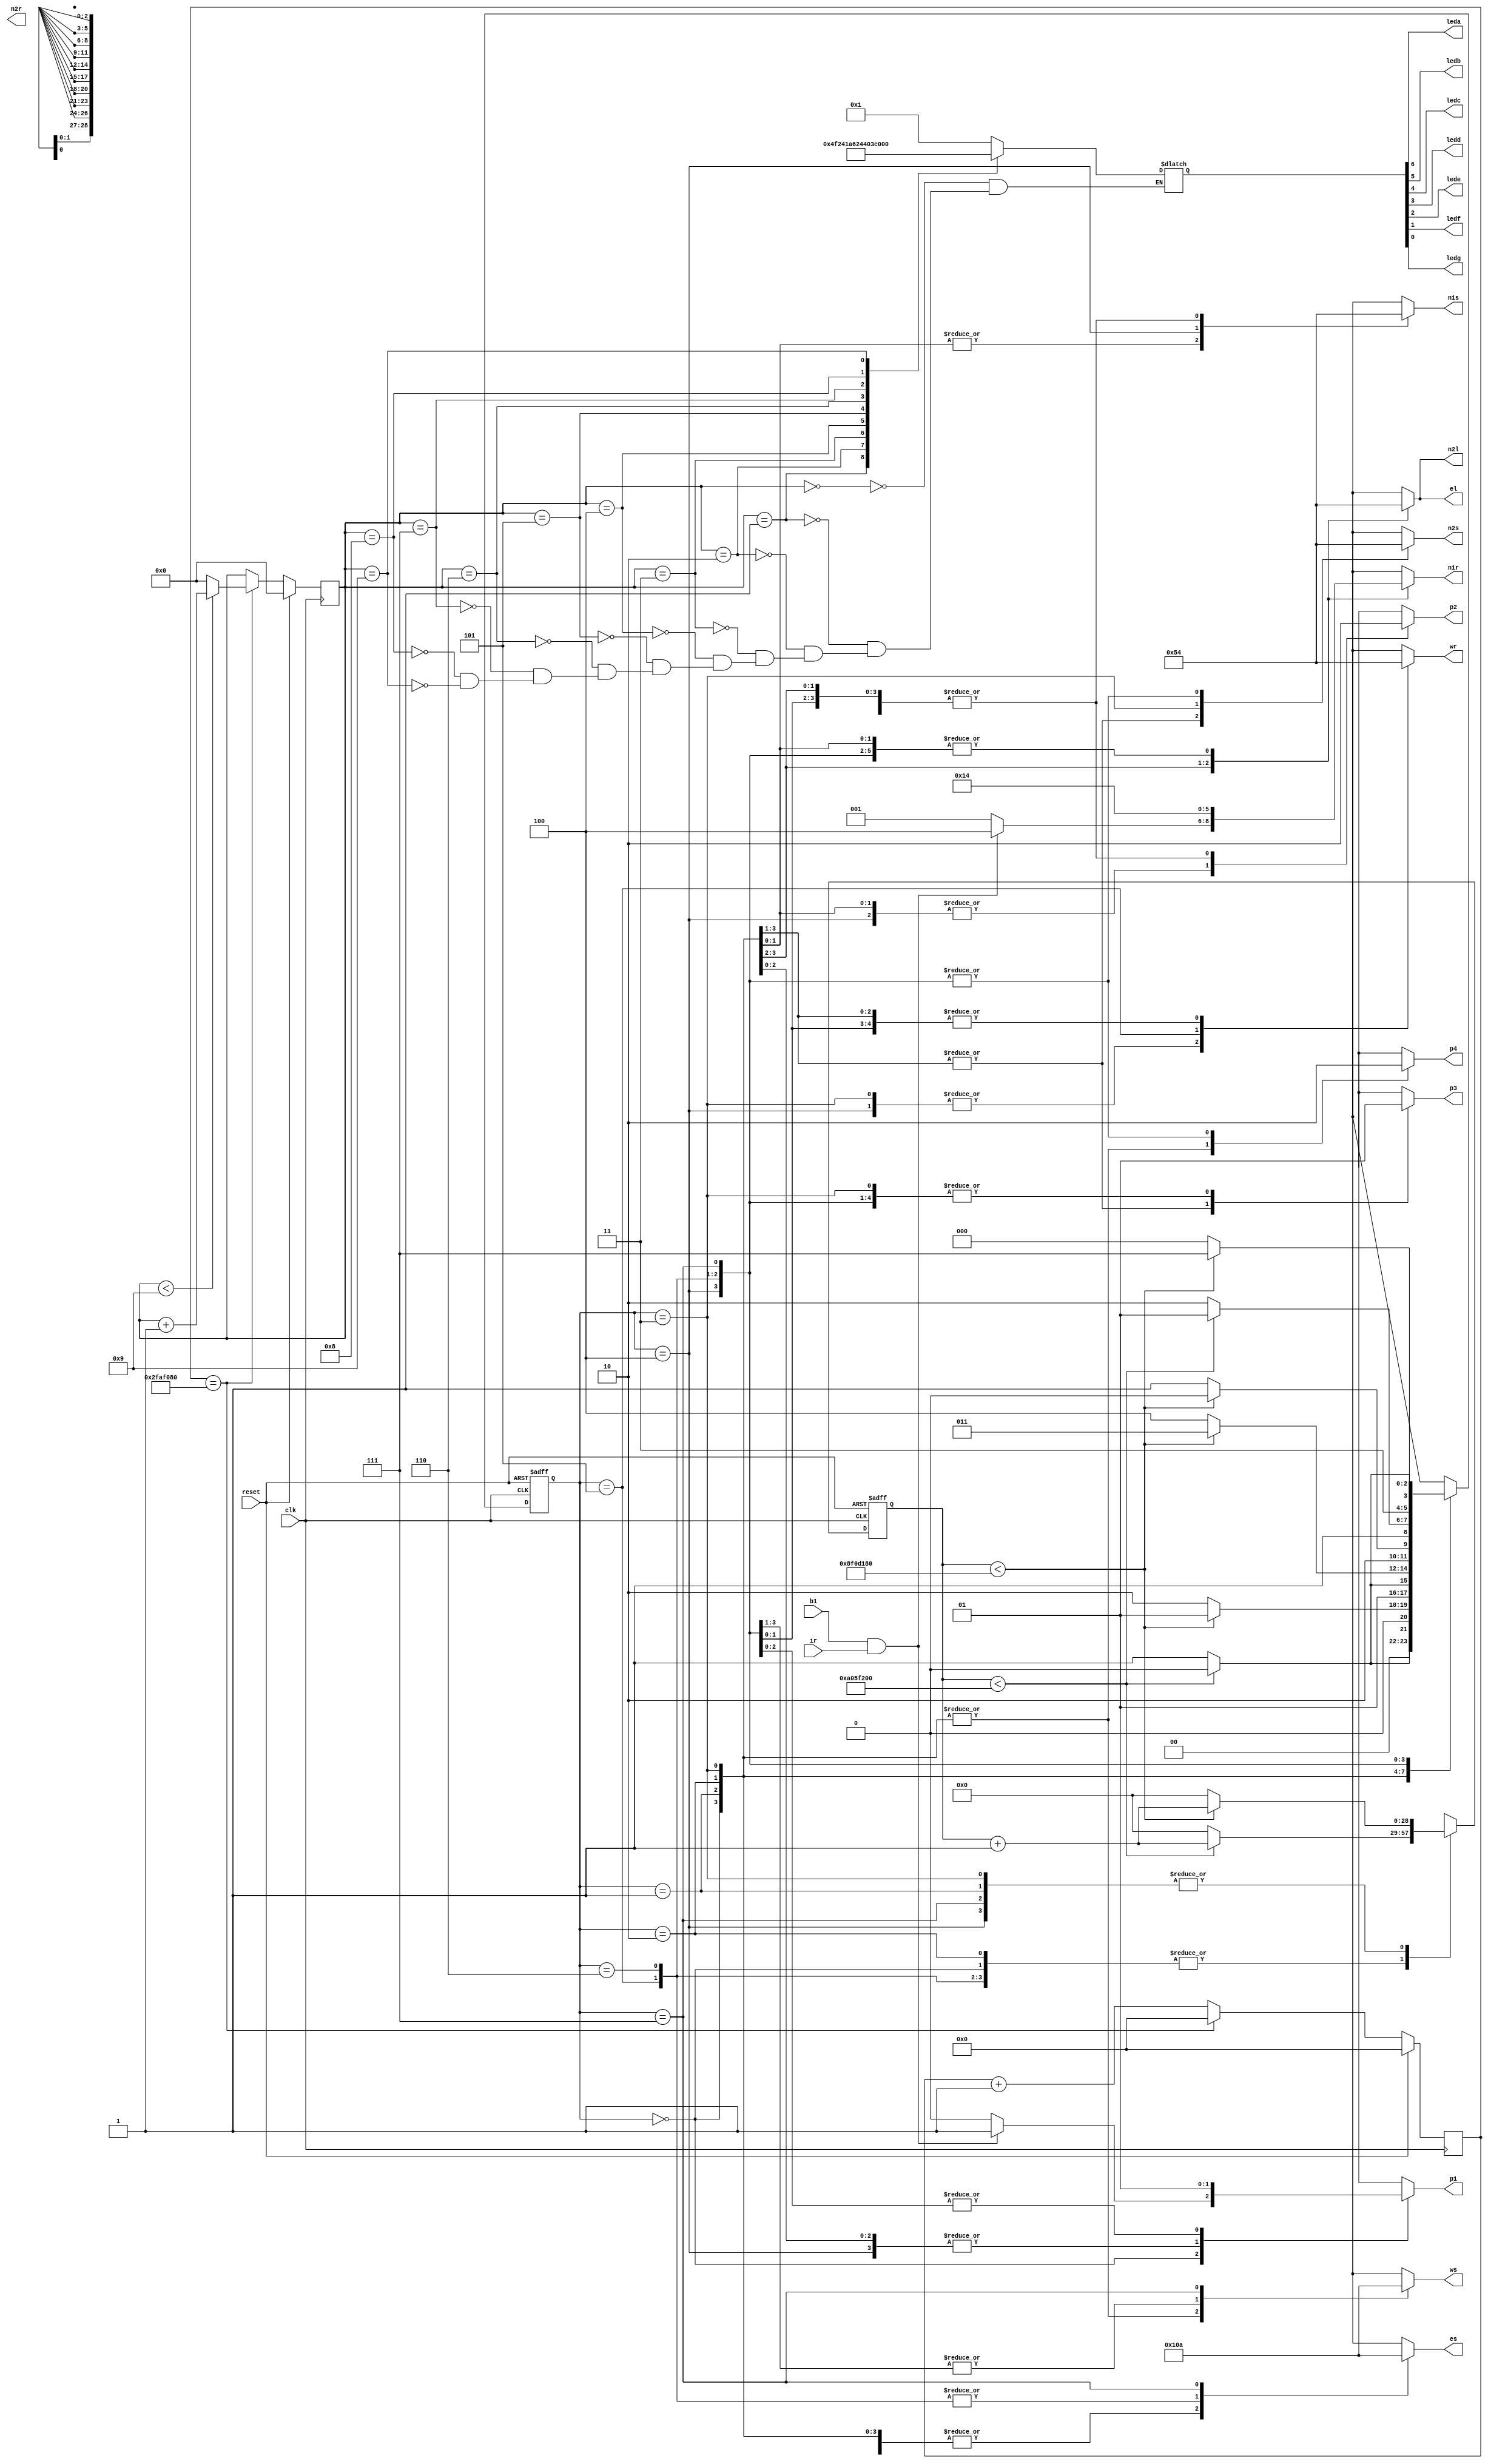
module led(n1s,n1r,n2s,n2r,n2l,es,el,ws,wr,leda,ledb,ledc,ledd,lede,ledf,ledg,p1,p2,p3,p4,reset,clk,ir,b1);
output reg [0:2] n1s,n1r,n2s,n2r,n2l,es,el,ws,wr;   //Traffic lights
input reset,clk;
parameter [2:0]s1=3'b000,s2=3'b001,s3=3'b010,s4=3'b011,s5=3'b100,s6=3'b101,s7=3'b110,s8=3'b111;
reg [2:0]state;
parameter [28:0]delay10=5000000000, delay3=150000000;     //Counters for 10s and 3s delay
reg [28:0]count;
reg [31:0]count1;
reg [3:0]counter;
output leda,ledb,ledc,ledd,lede,ledf,ledg; //segments of seven segment display
reg [6:0] seg_data;
output reg p1,p2,p3,p4;   //Pedestrian switches
input ir, b1;             //sensor and pedestrian button

	always@(posedge clk or posedge reset)
 
	if(reset==1)                           //when reset is 1 the state is s1 and stays there until reset is 0
	 begin 
	     state<=s1;
		 count<=0;
	 end
	 
	else
	 begin
	       case(state)
		   s1: if(count<delay10)
					begin
						state<=s1;
						count<=count+1;
					end
				else
					begin
						state<=s2;
						count<=0;
					end
			s2: if(count<delay3)			//Delay for s2 is 3s
			    begin
						state<=s2;
						count<=count+1;
					end
				else
					begin
						state<=s3;
						count<=0;
					end
			s3: if(count<delay10)			//Delay for s3 is 10s
			    begin
						state<=s3;
						count<=count+1;
					end
				else
					begin
						state<=s4;
						count<=0;
					end
 			s4: if(count<delay3)			//Delay for s4 is 3s
			    begin
						state<=s4;
						count<=count+1;
					end
				else
					begin
						state<=s5;
						count<=0;
					end
			s5: if(count<delay3)			//Delay for s5 is 3s
			    begin
						state<=s5;
						count<=count+1;
					end
				else
					begin
						state<=s6;
						count<=0;
					end
	        s6: if(count<delay10)			// Delay for s6 is 10s
			    begin
						state<=s6;
						count<=count+1;
					end
				else
					begin
						state<=s7;
						count<=0;
					end
            s7: if(count<delay10)			// Delay for s7 is 10s
			    begin
						state<=s7;
						count<=count+1;
					end
				else
					begin
						state<=s8;
						count<=0;
					end
			s8: if(count<delay3)  			// Delay for s6 is 10s
			    begin
						state<=s8;
						count<=count+1;
					end
				else
					begin
						state<=s1;
						count<=0;
		      		end	
            default: state<=s1;
			endcase
		end	
	always@(*)
		begin
		case(state)
			s1: begin n1s<=3'b100; n1r<=3'b001; n2s<=3'b001; n2l<=3'b001; es<=3'b100; el<=3'b001; ws<=3'b100; wr<=3'b100; p1<=0;p2<=0;p3<=0;p4<=1; 
			if(b1==1 && ir==1) begin n1r<=3'b100;p1<=1;end end
			s2: begin n1s<=3'b100; n1r<=3'b010; n2s<=3'b001; n2l<=3'b010; es<=3'b100; el<=3'b010; ws<=3'b100; wr<=3'b100; p1<=0;p2<=0;p3<=0;p4<=1; end
			s3: begin n1s<=3'b001; n1r<=3'b100; n2s<=3'b001; n2l<=3'b100; es<=3'b100; el<=3'b100; ws<=3'b100; wr<=3'b100; p1<=0;p3<=0;p4<=1;p2<=1; end
			s4: begin n1s<=3'b001; n1r<=3'b100; n2s<=3'b010; n2l<=3'b100; es<=3'b100; el<=3'b100; ws<=3'b100; wr<=3'b001; p4<=1;p2<=1;p3<=1;p1<=0; end
			s5: begin n1s<=3'b010; n1r<=3'b100; n2s<=3'b100; n2l<=3'b100; es<=3'b100; el<=3'b100; ws<=3'b001; wr<=3'b001; p3<=1;p2<=1;p4<=0;p1<=0; end
			s6: begin n1s<=3'b100; n1r<=3'b100; n2s<=3'b100; n2l<=3'b100; es<=3'b001; el<=3'b100; ws<=3'b001; wr<=3'b010; p1<=1;p3<=1;p2<=0;p4<=0; end
			s7: begin n1s<=3'b100; n1r<=3'b100; n2s<=3'b100; n2l<=3'b100; es<=3'b001; el<=3'b100; ws<=3'b001; wr<=3'b100; p1<=1;p3<=1;p2<=0;p4<=0; end
			s8: begin n1s<=3'b100; n1r<=3'b100; n2s<=3'b100; n2l<=3'b100; es<=3'b010; el<=3'b100; ws<=3'b010; wr<=3'b100; p1<=1;p3<=1;p2<=0;p4<=0; end
		    default: begin n1s<=3'b100; n1r<=3'b001; n2s<=3'b001; n2l<=3'b001; es<=3'b100; el<=3'b001; ws<=3'b100; wr<=3'b100; p1<=0;p2<=0;p3<=0;p4<=1; end
		endcase
		end
	always @(posedge clk)
		begin
			if (reset ==1)
			begin
				count1<=27'd0;
				counter <= 4'b0;
			end  
			else if (count1==27'd50000000)
			begin
				count1 <=27'd0;
				if (counter < 9) counter <= counter +1;
				else  counter <= 0;
			end
			else
				count1<=count1+1;
    end
	always @(counter)							//Seven segment display
		case (counter)
		4'b0000:seg_data=7'b0000001;
		4'b0001:seg_data=7'b1001111;
		4'b0010:seg_data=7'b0010010;
		4'b0011:seg_data=7'b0000110;
		4'b0100:seg_data=7'b1001100;
		4'b0101:seg_data=7'b0100100;
		4'b0110:seg_data=7'b0100000;
		
		4'b0111:seg_data=7'b0001111;
		4'b1000:seg_data=7'b0000000;
		4'b1001:seg_data=7'b0001100;
		endcase
 
 
	assign ledg=seg_data[0];
	assign ledf=seg_data[1];
	
	assign lede=seg_data[2];
	assign ledd=seg_data[3];
	assign ledc=seg_data[4];
	assign ledb=seg_data[5];
	assign leda=seg_data[6];
	
endmodule